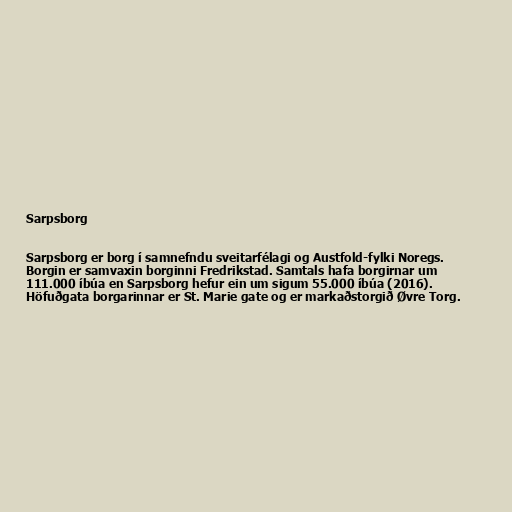
Sarpsborg

Sarpsborg er borg í samnefndu sveitarfélagi og Austfold-fylki Noregs.
Borgin er samvaxin borginni Fredrikstad. Samtals hafa borgirnar um
111.000 íbúa en Sarpsborg hefur ein um sigum 55.000 íbúa (2016).
Höfuðgata borgarinnar er St. Marie gate og er markaðstorgið Øvre Torg.